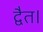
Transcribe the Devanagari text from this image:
द्वैत।